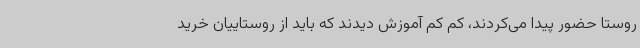
روستا حضور پیدا می‌کردند، کم کم آموزش دیدند که باید از روستاییان خرید